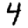
Digit: 4